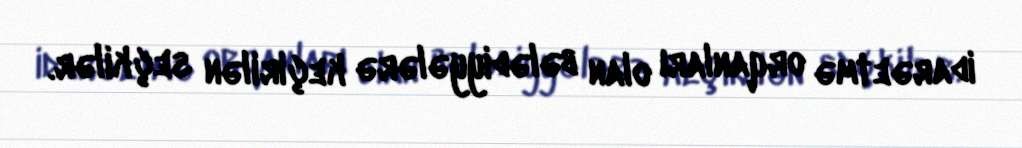
idarəetmə orqanları olan bələdiyyələrə keçirilən seçkilər.